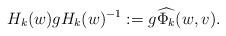
LaTeX: \begin{align*}H_{k}(w) g H_k(w)^{-1}:=g \widehat{\Phi_k}(w, v).\end{align*}